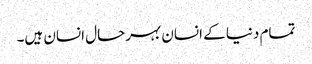
تمام دنیا کے انسان بہرحال انسان ہیں۔